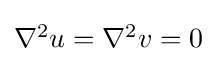
\textstyle \nabla ^{2}u=\nabla ^{2}v=0